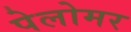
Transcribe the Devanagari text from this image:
पेलोमर